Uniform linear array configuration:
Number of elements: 16
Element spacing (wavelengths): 0.5
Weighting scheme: uniform
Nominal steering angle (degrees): -45
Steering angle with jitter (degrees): -45.175
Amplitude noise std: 0.05
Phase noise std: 0.05

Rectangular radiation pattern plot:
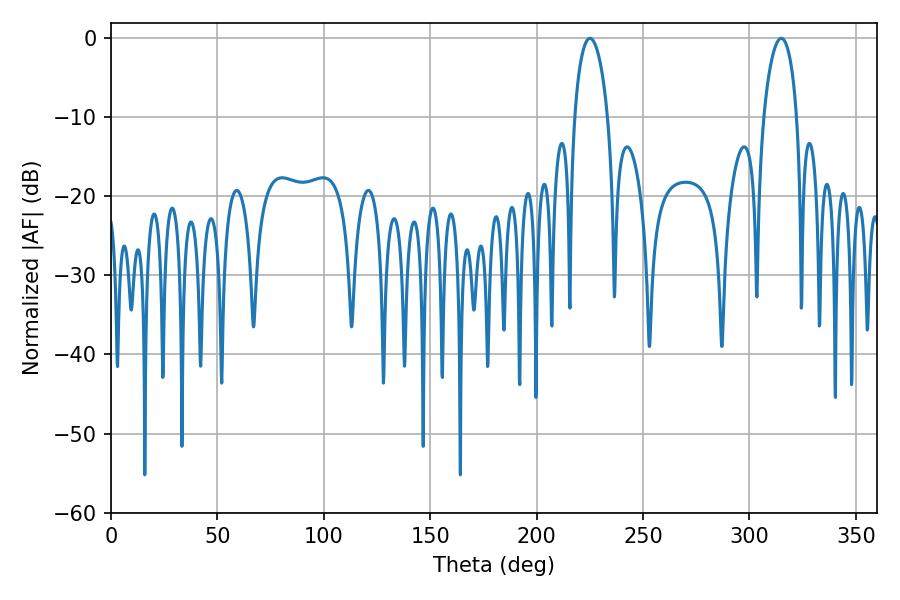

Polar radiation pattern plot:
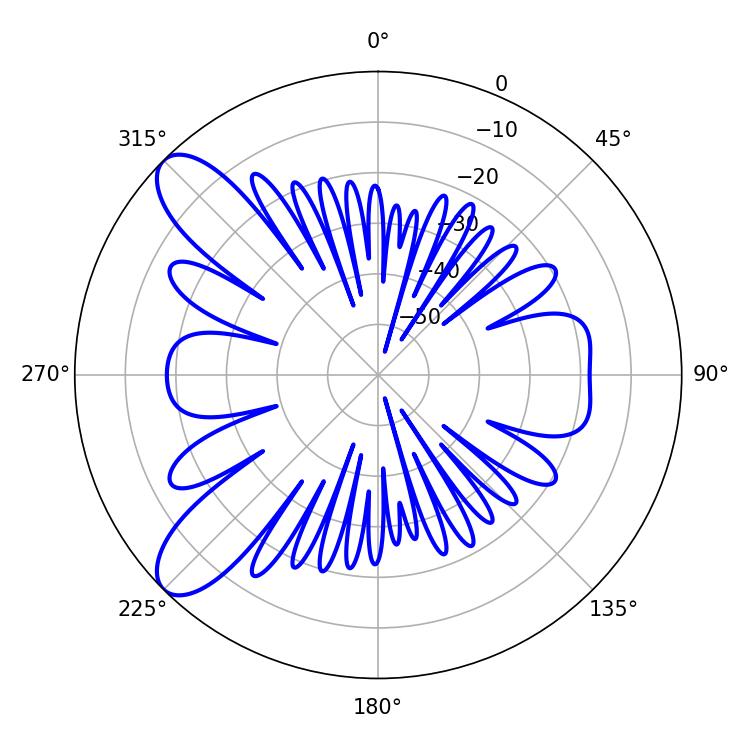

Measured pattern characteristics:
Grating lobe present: FALSE
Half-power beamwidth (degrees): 8.82
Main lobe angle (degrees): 225